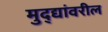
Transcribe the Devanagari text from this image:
मुद्द्यांवरील